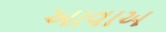
આવાઅ